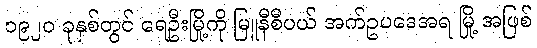
၁၉၂၀ ခုနှစ်တွင် ရေဦးမြို့ကို မြူနီစီပယ် အက်ဥပဒေအရ မြို့ အဖြစ်